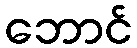
ဘောင်